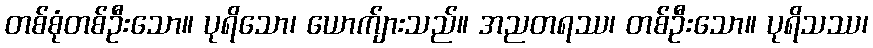
တစ်စုံတစ်ဦးသော။ ပုရိသော၊ ယောက်ျားသည်။ အညတရဿ၊ တစ်ဦးသော။ ပုရိသဿ၊